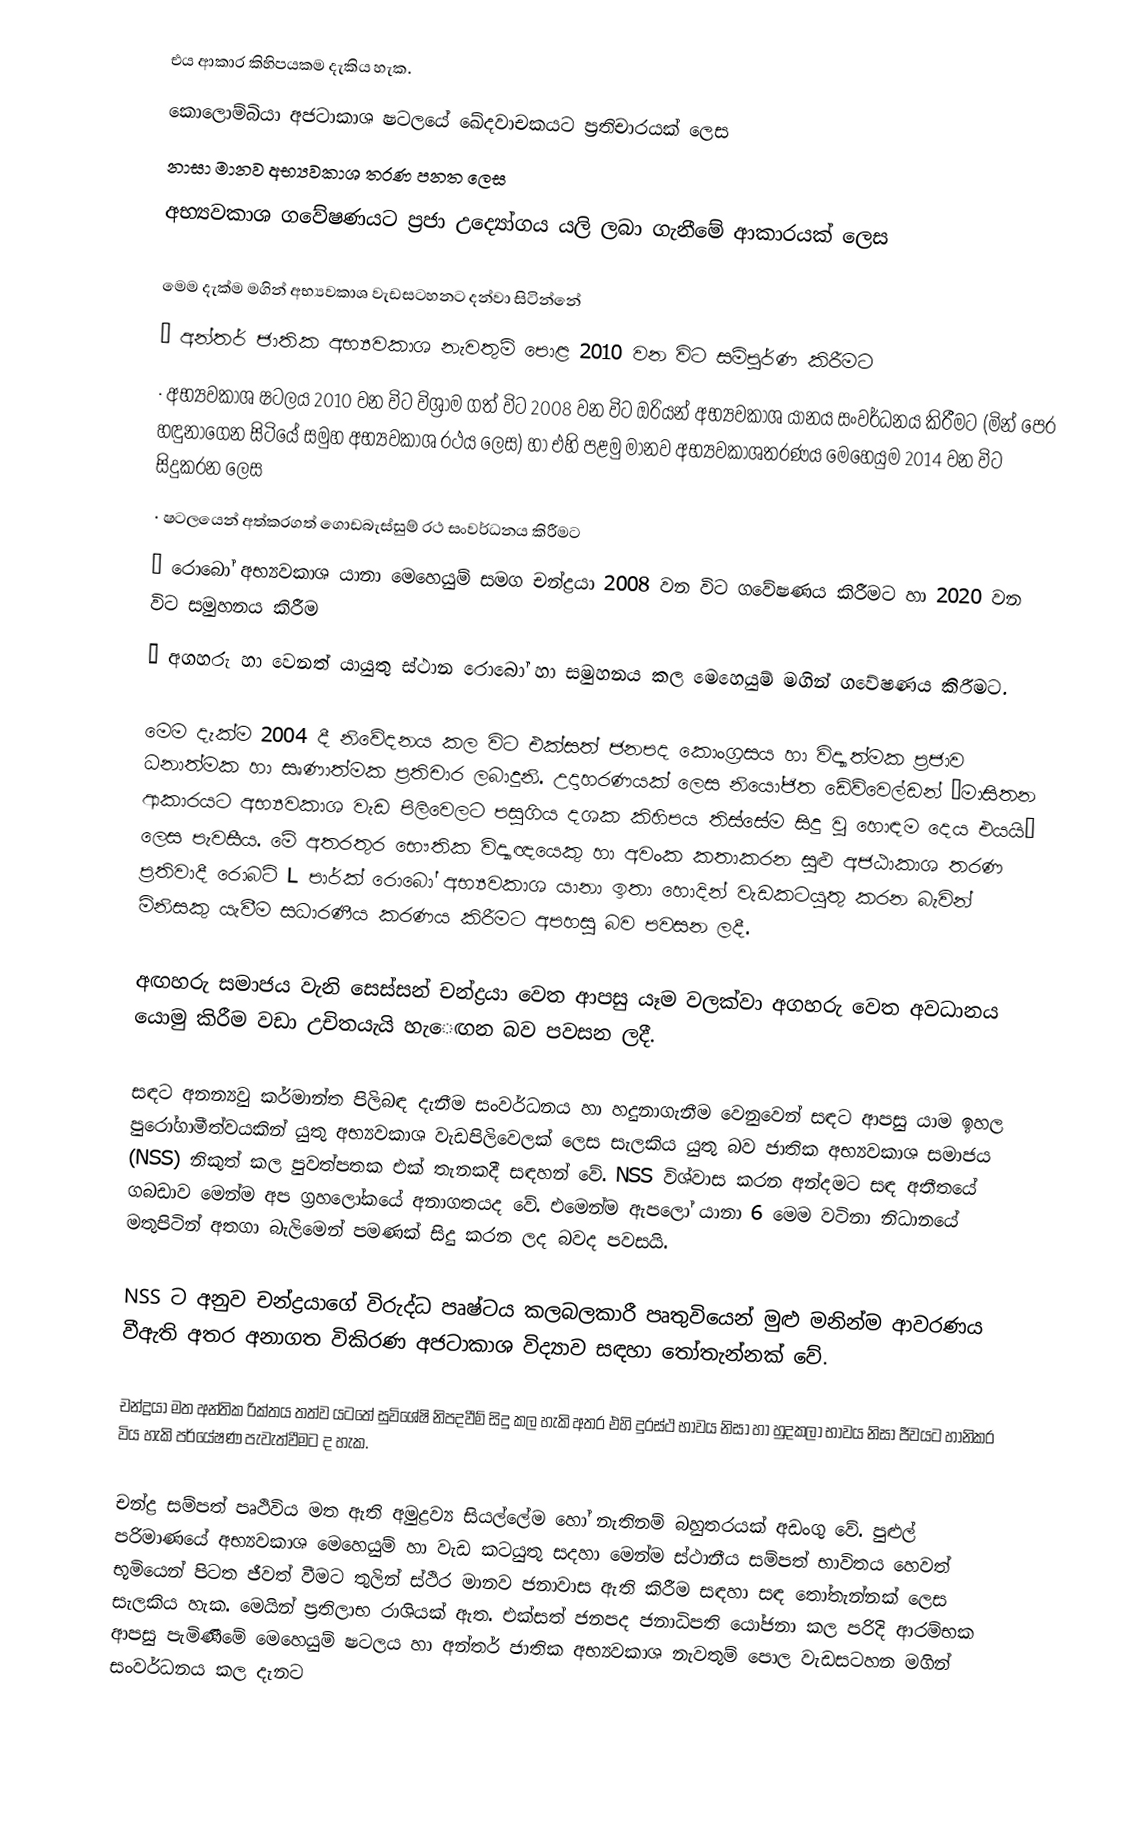
එය ආකාර කිහිපයකම දැකිය හැක.
කොලොම්බියා අජටාකාශ ෂටලයේ ඛේදවාචකයට ප්‍රතිචාරයක් ලෙස
නාසා මානව අභ්‍යවකාශ තරණ පනත ලෙස
අභ්‍යවකාශ ගවේෂණයට ප්‍රජා උද්‍යෝගය යලි ලබා ගැනීමේ ආකාරයක් ලෙස

මෙම දැක්ම මගින් අභ්‍යවකාශ වැඩසටහනට දන්වා සිටින්නේ
·	අන්තර් ජාතික අභ්‍යවකාශ නැවතුම් පොළ 2010 වන විට සම්පුර්ණ කිරීමට
·	අභ්‍යවකාශ ෂටලය  2010 වන විට විශ්‍රාම ගත් විට 2008 වන විට ඔරියන් අභ්‍යවකාශ යානය සංවර්ධනය කිරීමට (මින් පෙර හඳුනාගෙන සිටියේ සමුහ අභ්‍යවකාශ රථය ලෙස) හා එහි පළමු මානව අභ්‍යවකාශතරණය මෙහෙයුම 2014 වන විට සිදුකරන ලෙස
·	ෂටලයෙන් අත්කරගත් ගොඩබැස්සුම් රථ සංවර්ධනය කිරීමට
·	රොබෝ අභ්‍යවකාශ යානා මෙහෙයුම් සමග චන්ද්‍රයා 2008 වන විට ගවේෂණය කිරීමට හා 2020 වන විට සමුහනය කිරීම
·	අගහරු හා වෙනත් යායුතු ස්ථාන රොබෝ හා සමුහනය කල මෙහෙයුම් මගින් ගවේෂණය කිරීමට.

මෙම දැක්ම 2004 දී නිවේදනය කල විට එක්සත් ජනපද කොංග්‍රසය හා විද්‍යාත්මක ප්‍රජාව ධනාත්මක හා සෘණාත්මක ප්‍රතිචාර ලබාදුනි. උදාහරණයක් ලෙස නියෝජිත ඩේව්වෙල්ඩන් “මාසිතන ආකාරයට අභ්‍යවකාශ වැඩ පිලිවෙලට පසුගිය දශක කිහිපය තිස්සේම සිදු වු හොඳම දෙය එයයි” ලෙස පැවසීය. මේ අතරතුර භෞතික විද්‍යාඥයෙකු හා අවංක කතාකරන සුළු අජඨාකාශ තරණ ප්‍රතිවාදී රොබට් L පාර්ක් රොබෝ අභ්‍යවකාශ යානා ඉතා හොදින් වැඩකටයුතු කරන බැවින් මිනිසකු යැවීම සධාරණීය කරණය කිරීමට අපහසු බව පවසන ලදී.

අඟහරු සමාජය වැනි සෙස්සන් චන්ද්‍රයා වෙත ආපසු යෑම වලක්වා අගහරු වෙත අවධානය යොමු කිරීම වඩා උචිතයැයි හැ‍ෙඟන බව පවසන ලදී.

සඳට අනන්‍යවු කර්මාන්ත පිලිබඳ දැනීම සංවර්ධනය හා හදුනාගැනීම වෙනුවෙන් සඳට ආපසු යාම ඉහල පුරෝගාමීත්වයකින් යුතු අභ්‍යවකාශ වැඩපිලිවෙලක් ලෙස සැලකිය යුතු බව ජාතික අභ්‍යවකාශ සමාජය (NSS) නිකුත් කල පුවත්පතක එක් තැනකදී සඳහන් වේ. NSS විශ්වාස කරන අන්දමට සඳ අතීතයේ ගබඩාව මෙන්ම අප ග්‍රහලෝකයේ අනාගතයද වේ. එමෙන්ම ඇපලෝ යානා 6 මෙම වටිනා නිධානයේ මතුපිටින් අතගා බැලිමෙන් පමණක් සිදු කරන ලද බවද පවසයි.

NSS ට අනුව චන්ද්‍රයාගේ විරුද්ධ පෘෂ්ටය කලබලකාරී පෘතුවියෙන් මුළු මනින්ම ආවරණය වීඇති අතර අනාගත විකිරණ අජටාකාශ විද්‍යාව සඳහා තෝතැන්නක් වේ.

චන්ද්‍රයා මත අන්තික රික්තය තත්ව යටතේ සුවිශේෂි නිපදවීම් සිදු කල හැකි අතර එහි දුරස්ථ භාවය නිසා හා හුදකලා භ‍ාවය නිසා ජීවයට හානිකර විය හැකි පර්යේෂණ පැවැත්වීමට ද හැක.

චන්ද්‍ර සම්පත් පෘථිවිය මත ඇති අමුද්‍රව්‍ය සියල්ලේම හෝ නැතිනම් බහුතරයක් අඩංගු වේ. පුළුල් පරිමාණයේ අභ්‍යවකාශ මෙහෙ‍යුම් හා වැඩ කටයුතු සදහා මෙන්ම ස්ථානීය සම්පත් භාවිතය හෙවත් භූමියෙන් පිටත ජීවත් වීමට තුලින් ස්ථිර මානව ජනාවාස ඇති කිරීම සඳහා සඳ තෝතැන්නක් ලෙස සැලකිය හැක. මෙයින් ප්‍රතිලාභ රාශියක් ඇත. එක්සත් ජනපද ජනාධිපති යෝජනා කල පරිදි ආරම්භක ආපසු පැමි‍ණීමේ මෙහෙයුම් ෂටලය හා අන්තර් ජාතික අභ්‍යවකාශ නැවතුම් පොල වැඩසටහන මගින් සංවර්ධනය කල දැනට